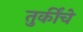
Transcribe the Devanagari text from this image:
तुर्कींचे